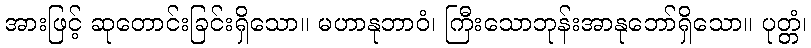
အားဖြင့် ဆုတောင်းခြင်းရှိသော။ မဟာနုဘာဝံ၊ ကြီးသောဘုန်းအာနုဘော်ရှိသော။ ပုတ္တံ၊